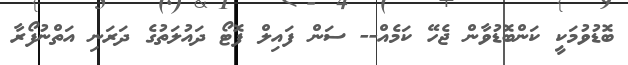
ބޮޑުވުމަކީ ކަންބޮޑުވާން ޖެހޭ ކަމެއް-- ސަން ފައިލް ފޮޓޯ ދައުލަތުގެ ދަރަނި އަތްނުފޯރާ